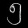
Digit: ၅